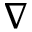
\nabla